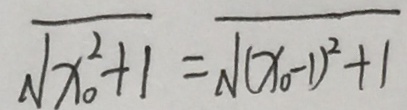
\sqrt { x _ { 0 } ^ { 2 } + 1 } = \sqrt { ( x _ { 0 } - 1 ) ^ { 2 } + 1 }